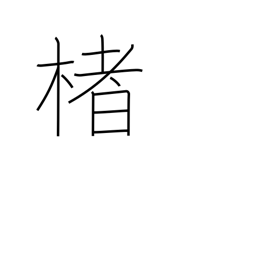
Meaning: paper mulberry